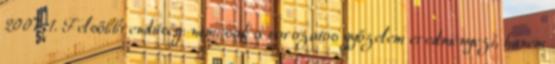
2007 1. Felsőbbrendűség: nemcsak a sorozatos győzelem eredményezi, hanem